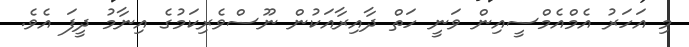
މި އަހަރު އެމްއެމްސީއިން ވަނީ ހަތް ދާއިރާއަކުން ނޫސްވެރިކަމުގެ އިނާމު ދީފަ އެވެ.